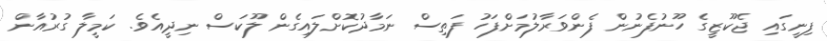
ފިނީގައި ޖެކޫޒީގެ ހޫނުފެނުން ފެންވަރާލުމަށްފަހު ފަތިސް ނަމާދުކޮށްލައިގެން ލޫކަސް ނިދީއެވެ. ކަމީލާ ގުރުއާން